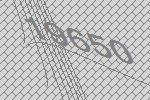
19650